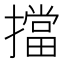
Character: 擋